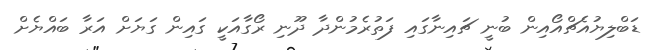
ޑަބްލިޔުއެޗްއޯއިން ބުނީ ޗައިނާގައި ފަތުރެމުންދާ ދޫނި ރޯގާއަކީ ގައިން ގަޔަށް އަރާ ބައްޔެށް